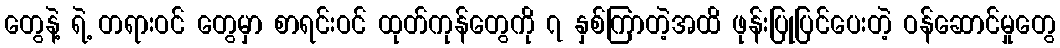
တွေနဲ့ ရဲ့ တရားဝင် တွေမှာ စာရင်းဝင် ထုတ်ကုန်တွေကို ၇ နှစ်ကြာတဲ့အထိ ဖုန်းပြုပြင်ပေးတဲ့ ဝန်ဆောင်မှုတွေ